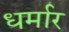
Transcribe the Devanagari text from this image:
धर्मार